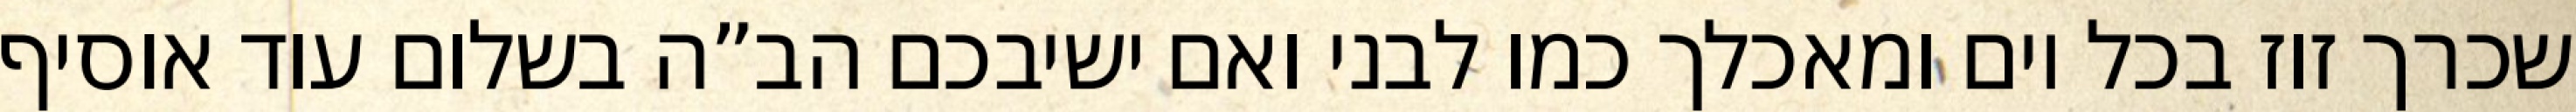
שכרך זוז בכל יום ומאכלך כמו לבני ואם ישיבכם הב”ה בשלום עוד אוסיף